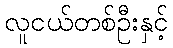
လူငယ်တစ်ဦးနှင့်